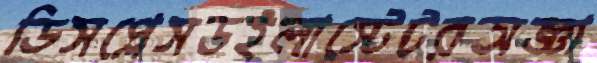
ডিসপ্লেসডইলাস্টেটরঅজ্ঞা